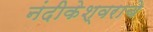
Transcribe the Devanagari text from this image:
नंदीकेश्वराचे